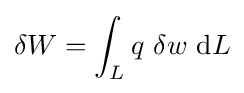
\delta W=\int _{L}q~\delta w~\mathrm {d} L